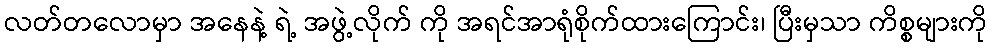
လတ်တလောမှာ အနေနဲ့ ရဲ့ အဖွဲ့လိုက် ကို အရင်အာရုံစိုက်ထားကြောင်း၊ ပြီးမှသာ ကိစ္စများကို